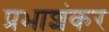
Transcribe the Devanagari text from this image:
प्रभाशंकर